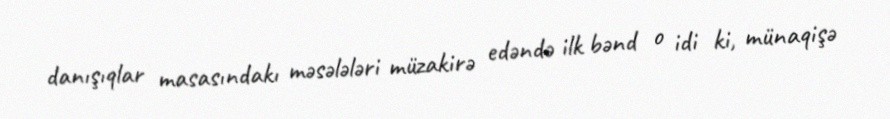
danışıqlar masasındakı məsələləri müzakirə edəndə ilk bənd o idi ki, münaqişə